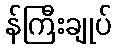
န်ကြီးချုပ်